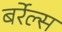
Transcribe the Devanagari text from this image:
बर्रेल्स